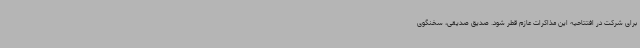
برای شرکت در افتتاحیه این مذاکرات عازم قطر شود. صدیق صدیقی، سخنگوی